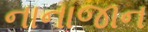
નાનાજાન